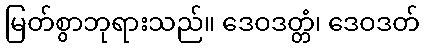
မြတ်စွာဘုရားသည်။ ဒေဝဒတ္တံ၊ ဒေဝဒတ်